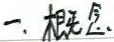
一. 概念.